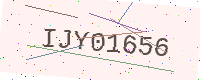
Text: IJY01656